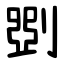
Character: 㓸